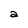
Character: a